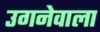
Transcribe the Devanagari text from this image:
उगनेवाला